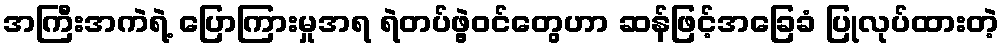
အကြီးအကဲရဲ့ ပြောကြားမှုအရ ရဲတပ်ဖွဲ့ဝင်တွေဟာ ဆန်ဖြင့်အခြေခံ ပြုလုပ်ထားတဲ့